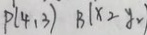
p 1 ( 4 , 3 ) B 1 \times 2 y =